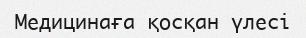
Медицинаға қосқан үлесі